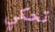
تحكي